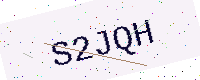
Text: S2JQH